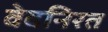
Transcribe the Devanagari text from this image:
वेदनिरत